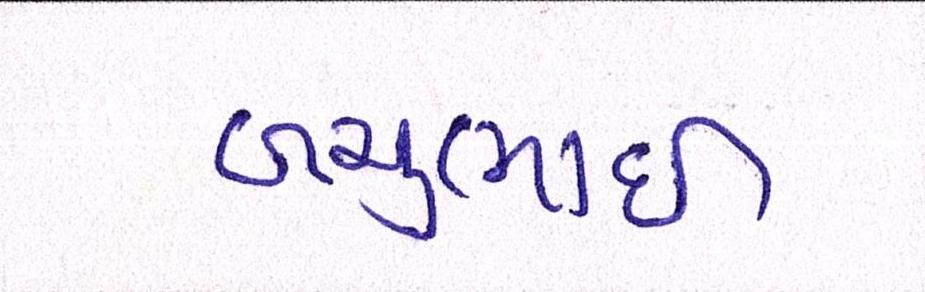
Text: બચુભાઈ